画像に写った文字を読んでください
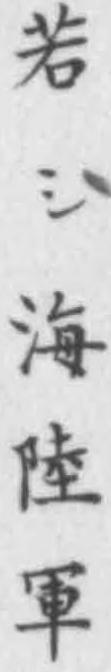
「若シ海陸軍」と書いてあります